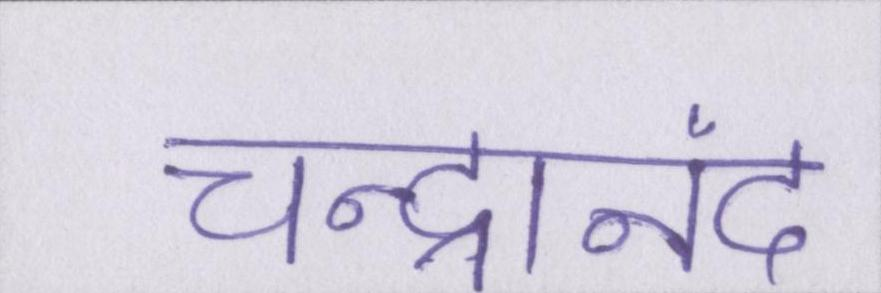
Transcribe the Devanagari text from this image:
चन्द्रानंद